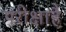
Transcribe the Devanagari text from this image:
परीक्षाहै